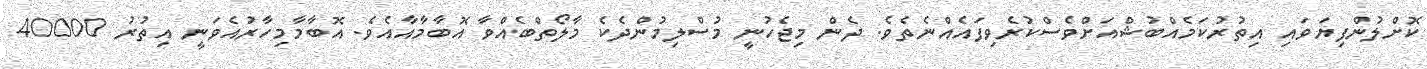
ކޮށްލުންފިޔަވައި އިތުރުކަމެއްބުޝްއަށްވެސްކުރެވިފައެއްނެތެވެ. ދެން މިޖެހުނީ މުސްލިމުންދެކެ މާލޯތްބެއްވާ އޮބާމާއާއެވެ. އޮބާމާމިހާރުއެވަނީ އިތުރު 40000